Indian journal of veterinary science and animal husbandry - Volumes 18-21, 1948-1951
Year: 1948
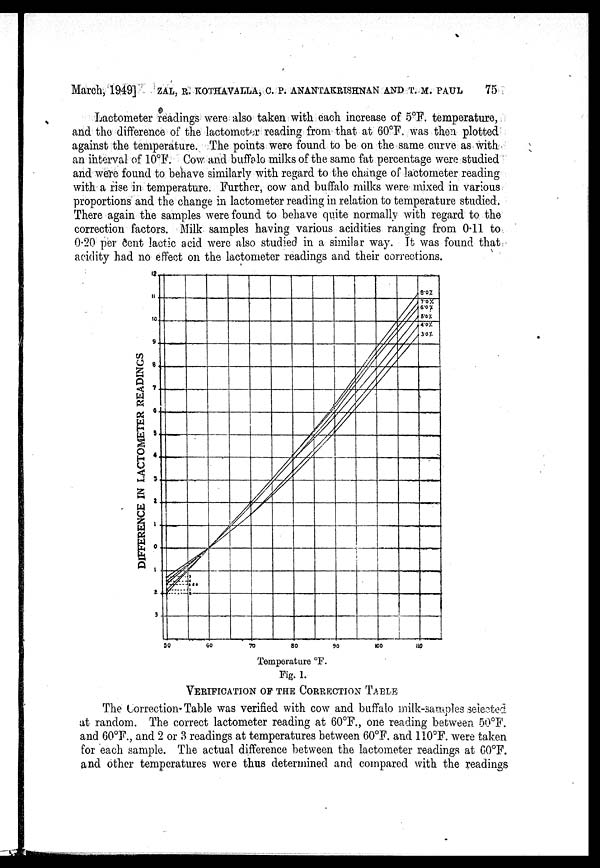
March, 1949] ZAL, R. KOTHAVALLA, C. P. ANANTAKRISHNAN AND T. M. PAUL 75
Lactometer readings were also taken with each increase of 5ºF. temperature,
and the difference of the lactometer reading from that at 60ºF. was then plotted
against the temperature. The points were found to be on the same curve as with
an interval of 10°F. Cow and buffalo milks of the same fat percentage were studied
and were found to behave similarly with regard to the change of lactometer reading
with a rise in temperature. Further, cow and buffalo milks were mixed in various
proportions and the change in lactometer reading in relation to temperature studied,
There again the samples were found to behave quite normally with regard to the
correction factors. Milk samples having various acidities ranging from 0.11 to
0.20 per cent lactic acid were also studied in a similar way. It was found that
acidity had no effect on the lactometer readings and their corrections.
Fig. 1.
VERIFICATION OF THE CORRECTION TABLE
The Correction Table was verified with cow and buffalo milk-samples selected
at random. The correct lactometer reading at 60ºF., one reading between 50ºF.
and 60ºF., and 2 or 3 readings at temperatures between 60ºF. and 110ºF. were taken
for each sample. The actual difference between the lactometer readings at 60ºF.
and other temperatures were thus determined and compared with the readings